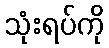
သုံးရပ်ကို